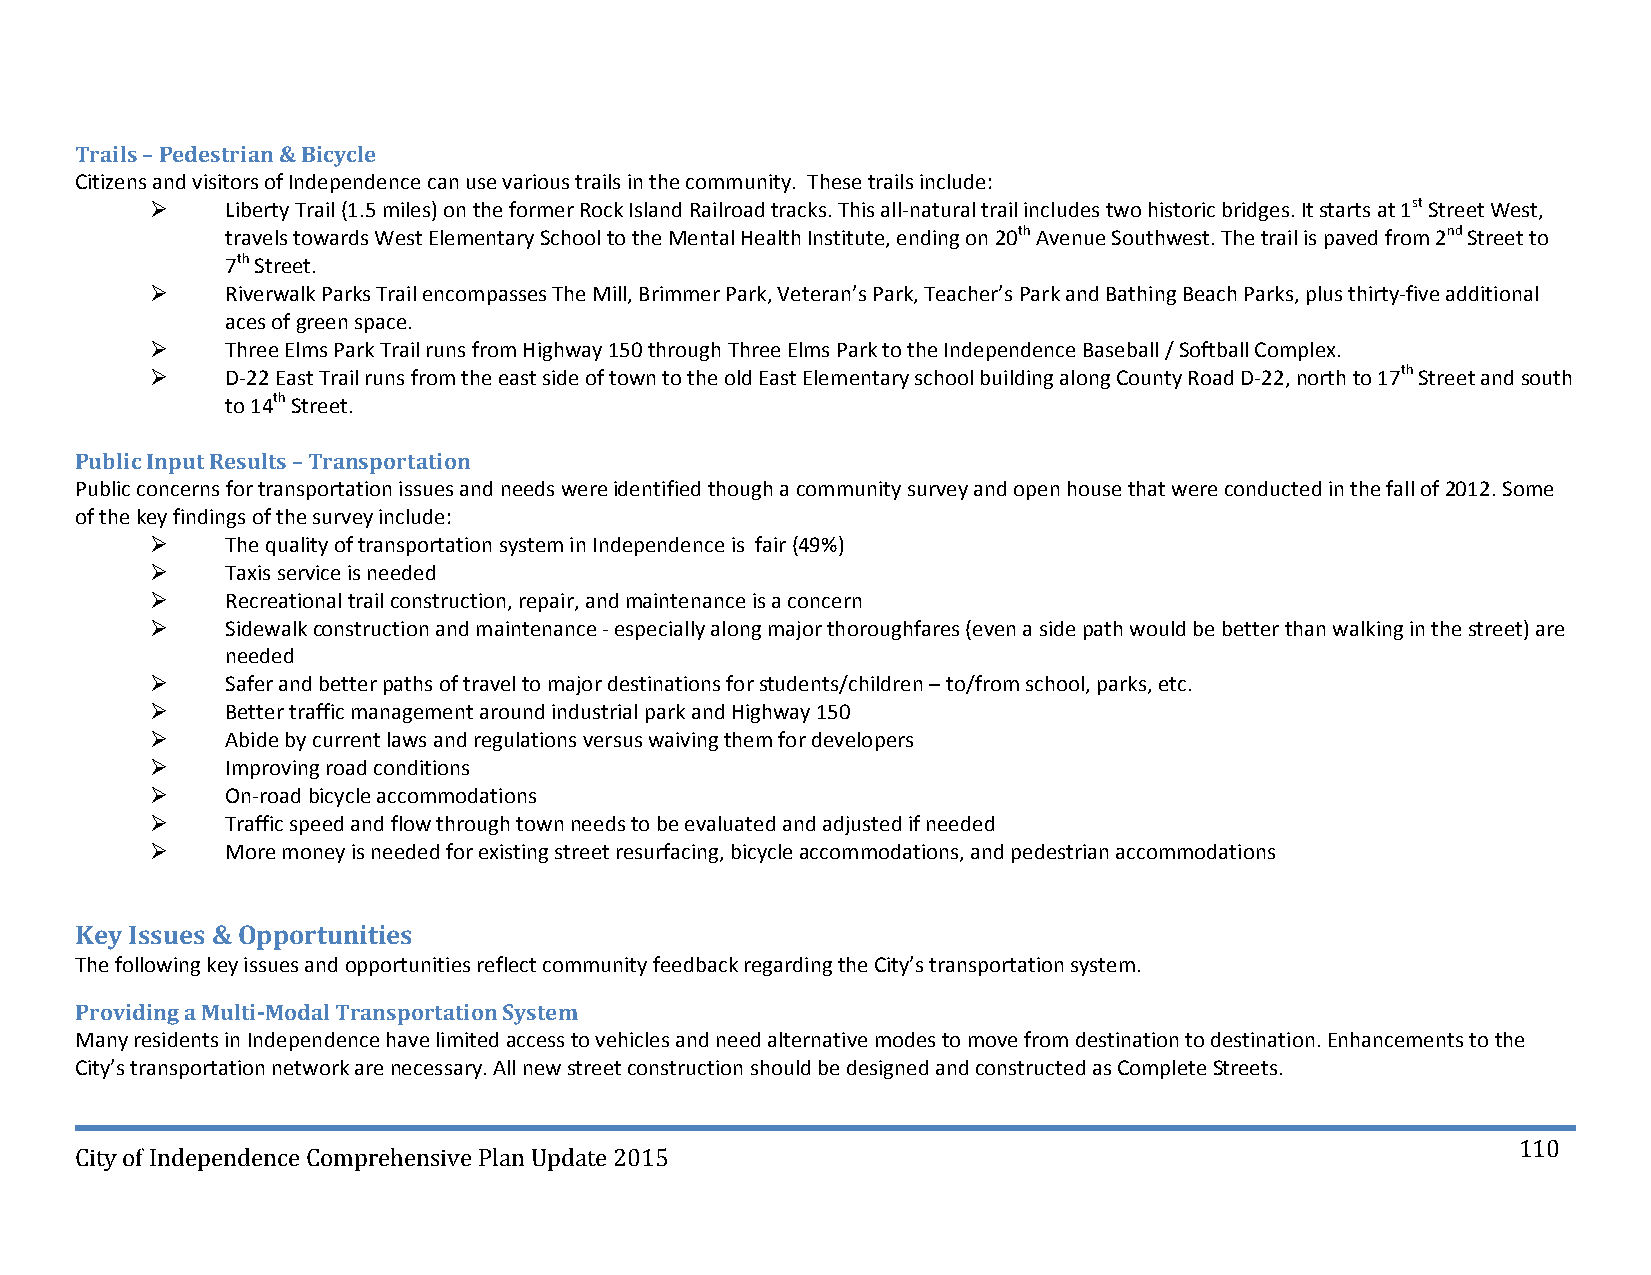
Trails – Pedestrian & Bicycle
 Citizens and visitors of Independence can use various trails in the community. These trails include:
     Liberty Trail (1.5 miles) on the former Rock Island Railroad tracks. This all‐natural trail includes two historic bridges. It starts at 1st Street West,
 travels towards West Elementary School to the Mental Health Institute, ending on 20th Avenue Southwest. The trail is paved from 2nd Street to
 7th Street.
     Riverwalk Parks Trail encompasses The Mill, Brimmer Park, Veteran’s Park, Teacher’s Park and Bathing Beach Parks, plus thirty‐five additional
 aces of green space.
     Three Elms Park Trail runs from Highway 150 through Three Elms Park to the Independence Baseball / Softball Complex.
     D‐22 East Trail runs from the east side of town to the old East Elementary school building along County Road D‐22, north to 17th Street and south
 to 14th Street.
 Public Input Results – Transportation
 Public concerns for transportation issues and needs were identified though a community survey and open house that were conducted in the fall of 2012. Some
 of the key findings of the survey include:
     The quality of transportation system in Independence is fair (49%)
     Taxis service is needed
     Recreational trail construction, repair, and maintenance is a concern
     Sidewalk construction and maintenance ‐ especially along major thoroughfares (even a side path would be better than walking in the street) are
 needed
     Safer and better paths of travel to major destinations for students/children – to/from school, parks, etc.
     Better traffic management around industrial park and Highway 150
     Abide by current laws and regulations versus waiving them for developers
     Improving road conditions
     On‐road bicycle accommodations
     Traffic speed and flow through town needs to be evaluated and adjusted if needed
     More money is needed for existing street resurfacing, bicycle accommodations, and pedestrian accommodations
 Key Issues & Opportunities
 The following key issues and opportunities reflect community feedback regarding the City’s transportation system.
 Providing a Multi‐Modal Transportation System
 Many residents in Independence have limited access to vehicles and need alternative modes to move from destination to destination. Enhancements to the
 City’s transportation network are necessary. All new street construction should be designed and constructed as Complete Streets.
 110
 City of Independence Comprehensive Plan Update 2015